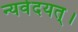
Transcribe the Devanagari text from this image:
न्यवेदयत्।